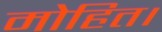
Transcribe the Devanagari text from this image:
मोहित।